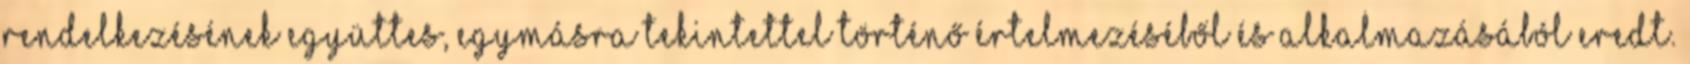
rendelkezésének együttes, egymásra tekintettel történő értelmezéséből és alkalmazásából eredt.